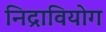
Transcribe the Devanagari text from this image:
निद्रावियोग